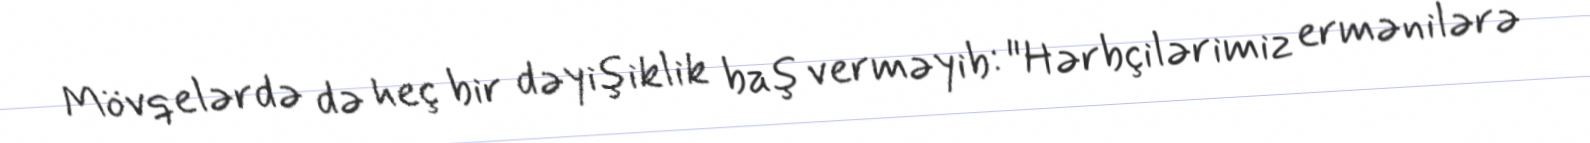
Mövqelərdə də heç bir dəyişiklik baş verməyib: "Hərbçilərimiz ermənilərə